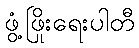
ဖွံ့ဖြိုးရေးပါတီ